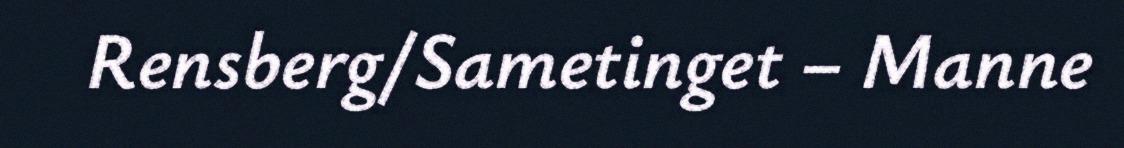
Rensberg/Sametinget – Manne